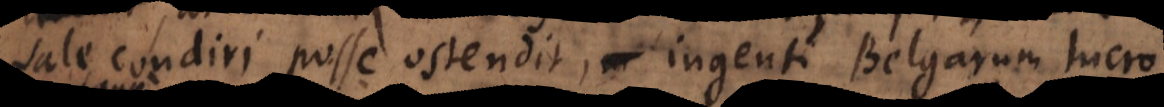
sale condiri posse ostendit, ingenti Belgarum lucro.